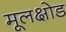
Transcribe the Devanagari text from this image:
मूलक्षोड